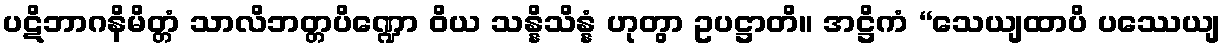
ပဋိဘာဂနိမိတ္တံ သာလိဘတ္တပိဏ္ဍော ဝိယ သန္နိသိန္နံ ဟုတွာ ဥပဋ္ဌာတိ။ အဋ္ဌိကံ “သေယျထာပိ ပဿေယျ